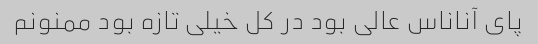
پای آناناس عالی بود در کل خیلی تازه بود ممنونم